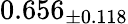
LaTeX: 0.656_{\pm 0.118}